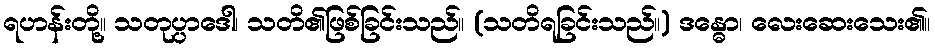
ရဟန်းတို့။ သတုပ္ပာဒေါ၊ သတိ၏ဖြစ်ခြင်းသည်။ (သတိရခြင်းသည်။) ဒန္ဓော၊ လေးဆေးသေး၏။